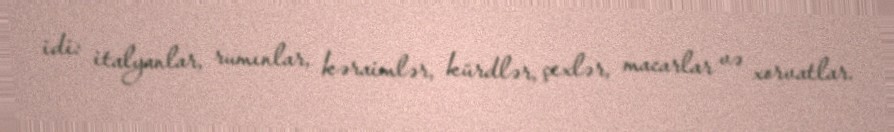
idi: italyanlar, rumınlar, kəraimlər, kürdlər, çexlər, macarlar və xorvatlar.